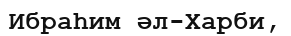
Ибраһим әл-Харби,